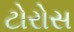
ટોરોસ